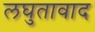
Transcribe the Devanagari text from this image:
लघुतावाद